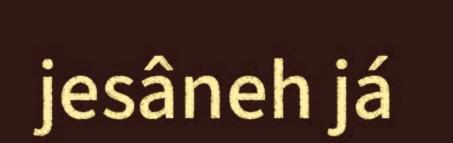
jesâneh já